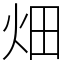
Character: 畑